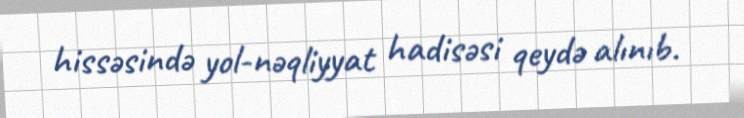
hissəsində yol-nəqliyyat hadisəsi qeydə alınıb.